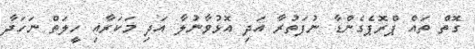
ގޮތް ތައް ޕްރޮޕެގެންޑާ ނުފަތުރާ އަދި އޮޅުވާނުލާ އަދި މަކަރާއި ހީލަތް ނަހަދާ